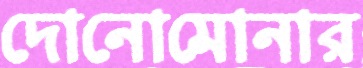
দোনোমোনার